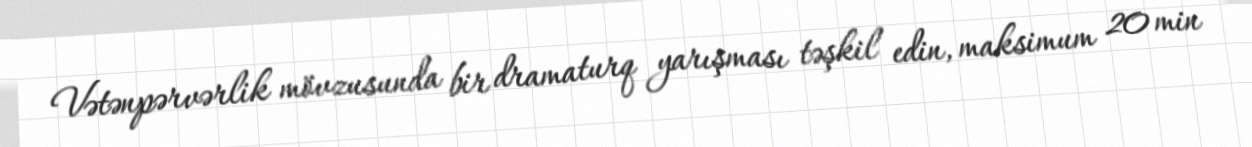
Vətənpərvərlik mövzusunda bir dramaturq yarışması təşkil edin, maksimum 20 min